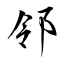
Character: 邻